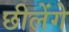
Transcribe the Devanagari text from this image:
छीलेंगे